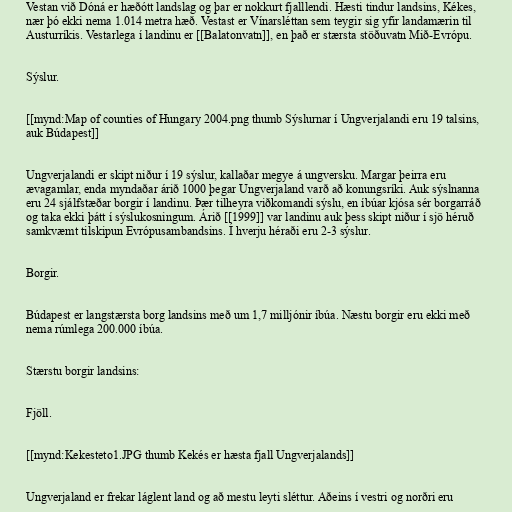
Vestan við Dóná er hæðótt landslag og þar er nokkurt fjalllendi. Hæsti tindur landsins, Kékes,
nær þó ekki nema 1.014 metra hæð. Vestast er Vínarsléttan sem teygir sig yfir landamærin til
Austurríkis. Vestarlega í landinu er [[Balatonvatn]], en það er stærsta stöðuvatn Mið-Evrópu.

Sýslur.

[[mynd:Map of counties of Hungary 2004.png thumb Sýslurnar í Ungverjalandi eru 19 talsins,
auk Búdapest]]

Ungverjalandi er skipt niður í 19 sýslur, kallaðar megye á ungversku. Margar þeirra eru
ævagamlar, enda myndaðar árið 1000 þegar Ungverjaland varð að konungsríki. Auk sýslnanna
eru 24 sjálfstæðar borgir í landinu. Þær tilheyra viðkomandi sýslu, en íbúar kjósa sér borgarráð
og taka ekki þátt í sýslukosningum. Árið [[1999]] var landinu auk þess skipt niður í sjö héruð
samkvæmt tilskipun Evrópusambandsins. Í hverju héraði eru 2-3 sýslur.

Borgir.

Búdapest er langstærsta borg landsins með um 1,7 milljónir íbúa. Næstu borgir eru ekki með
nema rúmlega 200.000 íbúa.

Stærstu borgir landsins:

Fjöll.

[[mynd:Kekesteto1.JPG thumb Kekés er hæsta fjall Ungverjalands]]

Ungverjaland er frekar láglent land og að mestu leyti sléttur. Aðeins í vestri og norðri eru